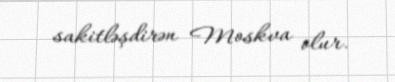
sakitləşdirən Moskva olur.